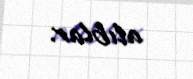
alıblar.